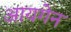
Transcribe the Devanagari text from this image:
आयगेन